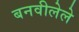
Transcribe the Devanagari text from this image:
बनवीलेले